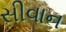
સીવાન